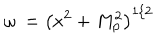
\omega \: = \left( x ^ { 2 } + M _ { p } ^ { 2 } \right) ^ { 1 / 2 }